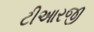
ટીઆરજી